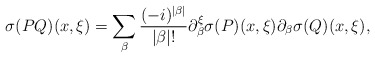
\begin{align*}\sigma (PQ)(x,\xi )=\sum \limits _{\beta}\frac{(-i)^{|\beta |}}{|\beta |!}\partial ^{\xi}_{\beta }\sigma (P)(x,\xi )\partial _{\beta }\sigma (Q)(x,\xi ),\end{align*}